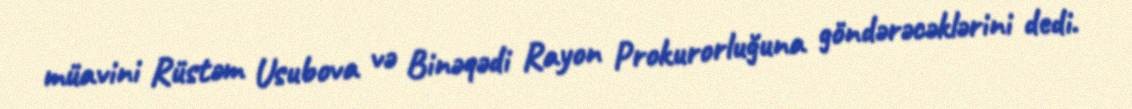
müavini Rüstəm Usubova və Binəqədi Rayon Prokurorluğuna göndərəcəklərini dedi.